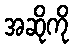
အဆိုကို